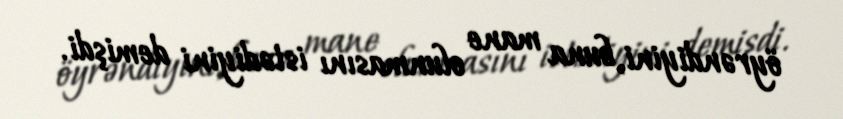
öyrəndiyini, buna mane olunmasını istədiyini demişdi.